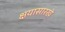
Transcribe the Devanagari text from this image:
क्षयासारखे